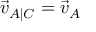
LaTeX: { \vec { v } } _ { A | C } = { \vec { v } } _ { A }